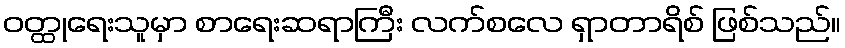
ဝတ္ထုရေးသူမှာ စာရေးဆရာကြီး လက်စလေ ရှာတာရိစ် ဖြစ်သည်။